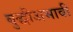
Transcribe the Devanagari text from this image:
बुद्धीअभावी